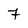
Character: 7